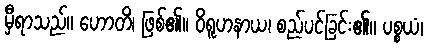
မှီရာသည်။ ဟောတိ၊ ဖြစ်၏။ ဝိရူဟနာယ၊ စည်ပင်ခြင်း၏။ ပစ္စယံ၊